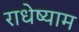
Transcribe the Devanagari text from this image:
राधेष्याम